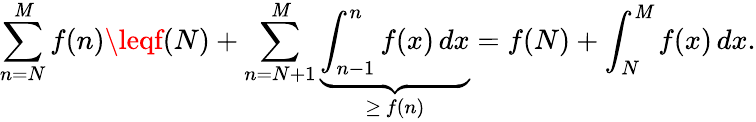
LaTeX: \sum_{n=N}^{\mathit{M}}f(n)\leqf(N)+\sum_{n=N+1}^{\mathit{M}}\underbrace{{\int_{n-1}^{n}f(x)\, dx}}_{\geq\, f(n)}=f(N)+\int_{N}^{\mathit{M}}f(x)\, dx.